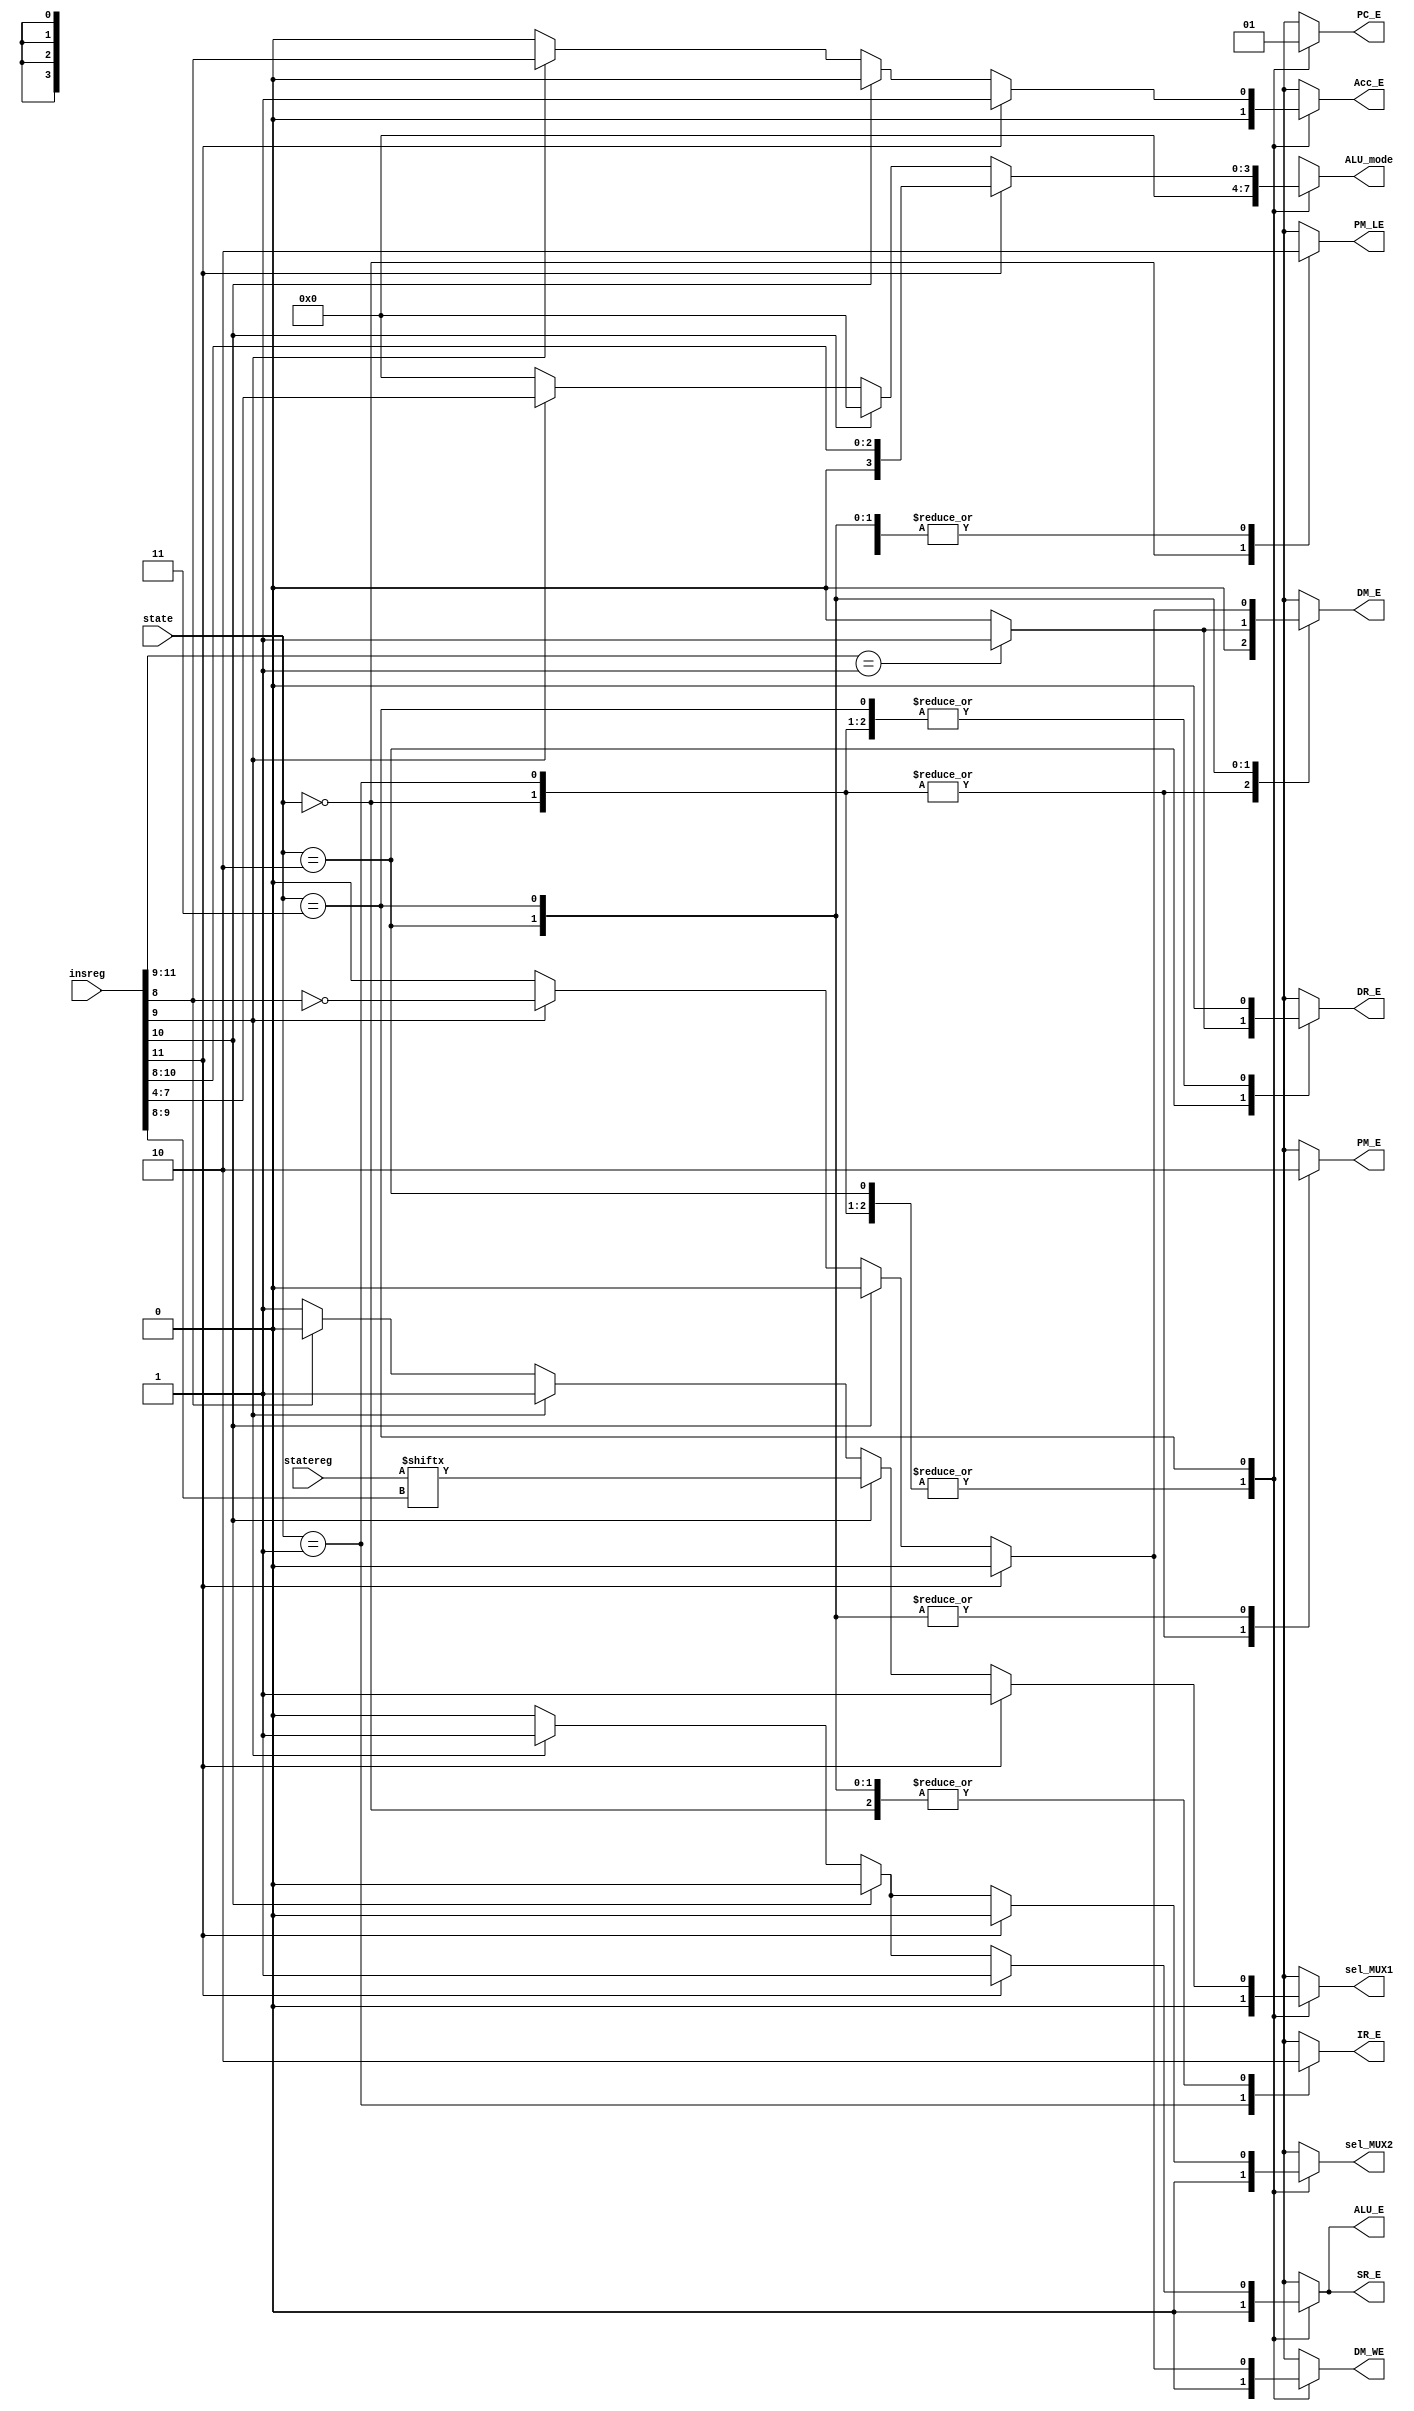
`timescale 1ns / 1ps

module ControlUnit(
    input [1:0] state,
    input [11:0] insreg,
    input [3:0] statereg,
    output reg [3:0] ALU_mode,
    output reg sel_MUX1, sel_MUX2,
    output reg PC_E, Acc_E, SR_E, IR_E, DR_E, PM_E, PM_LE, DM_E, DM_WE, ALU_E
);
    localparam LOAD = 2'b00,
               FETCH = 2'b01,
               DECODE = 2'b10,
               EXECUTE = 2'b11;
               
    always @* begin
        PM_LE = 0; //program memory load enable
        PM_E = 0; //program memory enable
        DM_E = 0; //data memory enable
        DM_WE = 0; //data memory write enable
        PC_E = 0; //program counter enable
        Acc_E = 0; // Accumulator enable
        SR_E = 0; //State enable
        IR_E = 0; //Instruction enable
        DR_E = 0; //data register enable
        ALU_E = 0; //ALU enable
        ALU_mode = 4'b0000; //ALU Mode
        sel_MUX1 = 0; //MUX1 selection
        sel_MUX2 = 0; //MUX2 selection
        
        case(state)
        LOAD:begin
            PM_LE = 1;
            PM_E = 1;
        end
        
        FETCH:begin
            IR_E = 1;
            PM_E = 1;
        end
        
        DECODE:begin
            if(insreg[11:9] == 3'b001) begin
                DR_E = 1;
                DM_E = 1;
            end
            else begin
                DR_E = 0;
                DM_E = 0;
            end
        end
        
        EXECUTE:begin
            if(insreg[11]==1)begin
                PC_E = 1;
                Acc_E = 1;
                SR_E = 1;
                ALU_E = 1;
                ALU_mode = insreg[10:8];
                sel_MUX1 = 1;
                sel_MUX2 = 0;
            end
            else if(insreg[10]==1) begin
                PC_E = 1;
                sel_MUX1 = statereg[insreg[9:8]];
            end
            else if(insreg[9]==1) begin
                PC_E = 1;
                Acc_E = insreg[8];
                SR_E = 1;
                DM_E = !insreg[8];
                DM_WE = !insreg[8];
                ALU_E = 1;
                ALU_mode = insreg[7:4];
                sel_MUX1 = 1;
                sel_MUX2 = 1;
            end
            else if(insreg[8] == 0) begin
                PC_E = 1;
                sel_MUX1 = 1;
            end
            else begin
                PC_E = 1;
                sel_MUX1 = 0;
            end
        end
        endcase
    end
endmodule